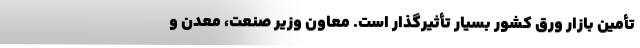
تأمین بازار ورق کشور بسیار تأثیرگذار است. معاون وزیر صنعت، معدن و